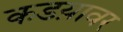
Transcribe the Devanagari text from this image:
कडय़ावर